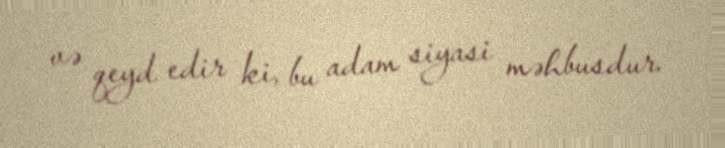
və qeyd edir ki, bu adam siyasi məhbusdur.